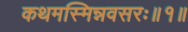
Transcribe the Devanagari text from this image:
कथमस्मिन्नवसरः॥१॥